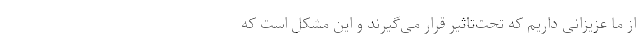
از ما عزیزانی داریم که تحت‌تاثیر قرار می‌گیرند و این مشکل است که